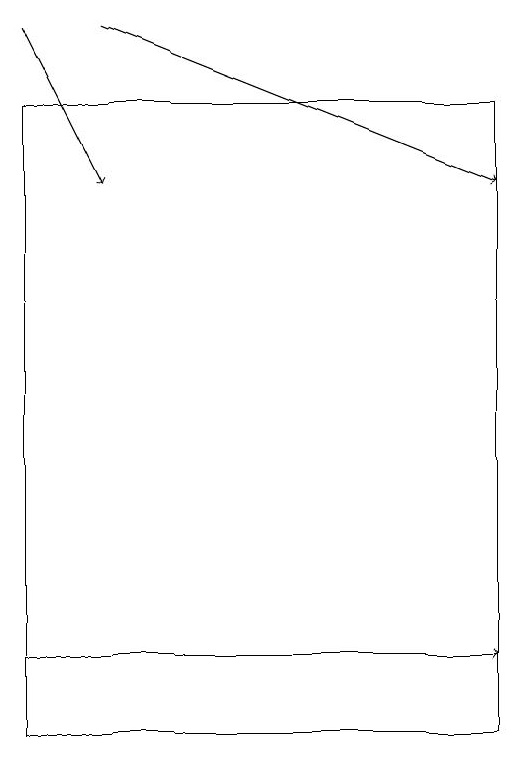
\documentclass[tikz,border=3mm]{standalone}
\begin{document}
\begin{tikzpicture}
\draw (1,18) rectangle (7,10);
\draw[->] (1,11) -- (7,11);
\draw[->] (2,19) -- (7,17);
\draw[->] (1,19) -- (2,17);
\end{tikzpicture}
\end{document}